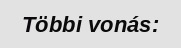
Többi vonás: